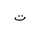
Letter: _ta